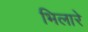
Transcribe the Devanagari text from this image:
भिलारे